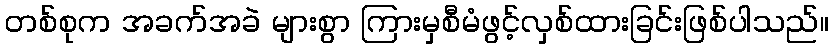
တစ်စုက အခက်အခဲ များစွာ ကြားမှစီမံဖွင့်လှစ်ထားခြင်းဖြစ်ပါသည်။